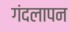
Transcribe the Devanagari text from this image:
गंदलापन